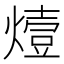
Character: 𤏈